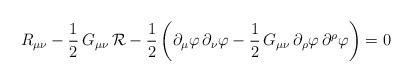
LaTeX: \begin{align*}R_{\mu\nu}-\frac{1}{2}\,G_{\mu\nu}\,{\cal R} -\frac{1}{2}\left(\partial_\mu\varphi\,\partial_\nu\varphi-\frac{1}{2}\,G_{\mu\nu}\,\partial_\rho\varphi\,\partial^\rho\varphi\right) =0\end{align*}